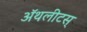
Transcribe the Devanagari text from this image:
ॲथलीटस्